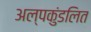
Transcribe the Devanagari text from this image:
अल्पकुंडलित